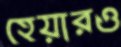
হেয়ারও